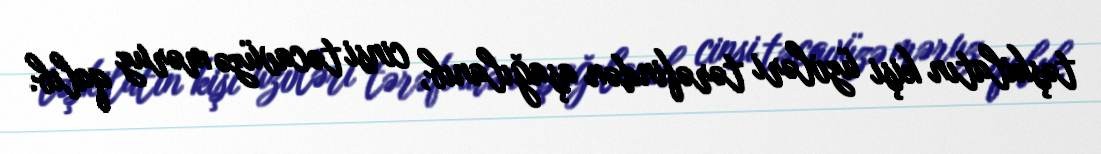
təşkilatın kişi üzvləri tərəfindən aşağılanıb, cinsi təcavüzə məruz qalıb.